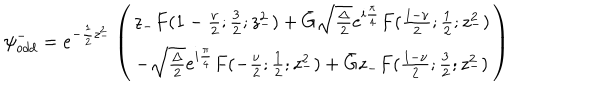
{ \psi } _ { o d d } ^ { - } = e ^ { - \frac { 1 } { 2 } z _ { - } ^ { 2 } } \left( \begin{array} { c } { { z _ { - } F ( 1 - \frac { \nu } { 2 } ; \frac { 3 } { 2 } ; z _ { - } ^ { 2 } ) + \bar { G } \sqrt { \frac { \Delta } { 2 } } e ^ { i \frac { \pi } { 4 } } F ( \frac { 1 - \nu } { 2 } ; \frac { 1 } { 2 } ; z _ { - } ^ { 2 } ) } } \\ { { - \sqrt { \frac { \Delta } { 2 } } e ^ { i \frac { \pi } { 4 } } F ( - \frac { \nu } { 2 } ; \frac { 1 } { 2 } ; z _ { - } ^ { 2 } ) + \bar { G } z _ { - } F ( \frac { 1 - \nu } { 2 } ; \frac { 3 } { 2 } ; z _ { - } ^ { 2 } ) } } \\ \end{array} \right)